Medical and sanitary report of the native army of Madras for the year
Year: 1876
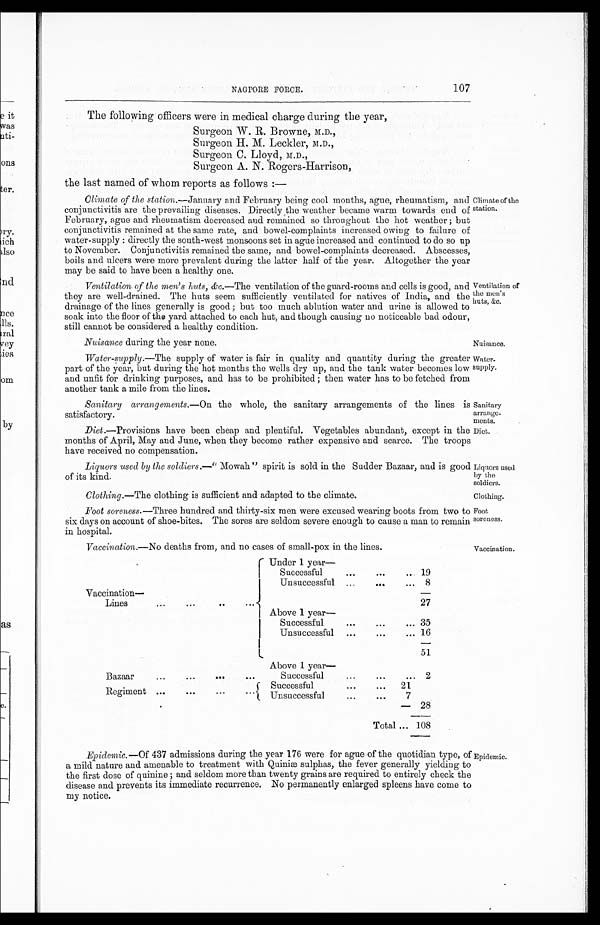
NAGPORE FORCE.
107
The following officers were in medical charge during the year,
Surgeon W.R.Browne, M.D.,
Surgeon H.M. Leckler, M.D.,
Surgeon C. Lloyd, M.D.,
Surgeon A.N. Rogers-Harrison,
the last named of whom reports as follows :—
Climate of the station .—January and February being cool months, ague, rheumatism, and
conjunctivitis are the prevailing diseases. Directly the weather became warm towards end of
February, ague and rheumatism decreased and remained so throughout the hot weather; but
conjunctivitis remained at the same rate, and bowel-complaints increased owing to failure of
water-supply : directly the south-west monsoons set in ague increased and continued to do so up
to November. Conjunctivitis remained the same, and bowel-complaints decreased. Abscesses,
boils and ulcers were more prevalent during the latter half of the year. Altogether the year
may be said to have been a healthy one.
Ventilation of the men's huts, &c .—The ventilation of the guard-rooms and cells is good, and
they are well-drained. The huts seem sufficiently ventilated for natives of India, and the
drainage of the lines generally is good ; but too much ablution water and urine is allowed to
soak into the floor of the yard attached to each hut, and though causing no noticeable bad odour,
still cannot be considered a healthy condition.
Nuisance during the year none.
Water-supply .—The supply of water is fair in quality and quantity during the greater
part of the year, but during the hot months the wells dry up, and the tank water becomes low
and unfit for drinking purposes, and has to be prohibited ; then water has to be fetched from
another tank a mile from the lines.
Sanitary arrangements .—On the whole, the sanitary arrangements of the lines is
satisfactory.
Diet .—Provisions have been cheap and plentiful. Vegetables abundant, except in the
months of April, May and June, when they become rather expensive and scarce. The troops
have received no compensation.
Liquors used by the soldiers
.
—" Mowah" spirit is sold in the Sudder Bazaar, and is good
of its kind.
Clothing.—The clothing is sufficient and adapted to the climate.
Foot soreness. —Three hundred and thirty-six men were excused wearing boots from two to
six days on account of shoe-bites. The sores are seldom severe enough to cause a man to remain
in hospital.
Vaccination .—No deaths from, and no cases of small-pox in the lines.
Under 1 year—
I Successful
...
... 19
Unsuccessful ...
...
... 8
Vaccination—
...
Lines
...
...
..
27
Above 1
y e a r —
Successful . . .
...
... 35
Unsuccessful ...
...
16
51
Bazaar
...
...
...
. . .
Above 1 year
Successful
...
...
... 2
Regiment
. . .
. . .
...
. . .
Successful
...
...
21
Unsuccessful
. . .
...
7
28
Total ... 108
Climate of the
station.
Ventilation of
the ments
huts, &c.
Nuisance.
Water.
supply.
Sanitary
arrange.
meats.
Diet.
Liquors used
by the
soldiers.
Clothing.
Foot
soreness.
Vaccination.
Epidemic .—Of 437 admissions during the year 176 were for ague of the quotidian type, of
a mild nature and amenable to treatment with Quiniæ sulphas, the fever generally yielding to
the first dose of quinine; and seldom more than twenty grains are required to entirely check the
disease and prevents its immediate recurrence. No permanently enlarged spleens have come to
my notice.
Epidemic.